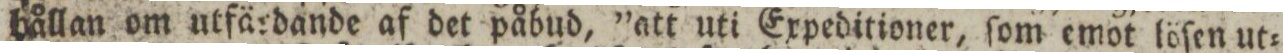
hållan om utfärdande af det påbud, ”att uti Expeditioner, ſom emot löſen ut=